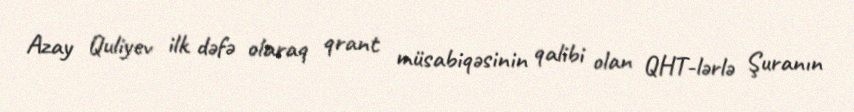
Azay Quliyev ilk dəfə olaraq qrant müsabiqəsinin qalibi olan QHT-lərlə Şuranın